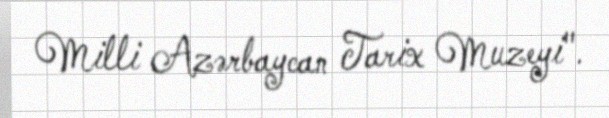
Milli Azərbaycan Tarix Muzeyi".